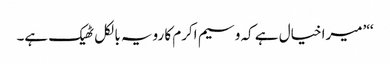
‘‘’میرا خیال ہے کہ وسیم اکرم کا رویہ بالکل ٹھیک ہے۔